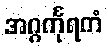
အဂ္ဂင်္ကုရကံ